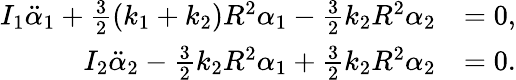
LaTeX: \begin{array}{rl}{I_{1}\ddot{\alpha}_{1}+\frac{3}{2}(k_{1}+k_{2})R^{2}\alpha_{1}-\frac{3}{2}k_{2}R^{2}\alpha_{2}}&{=0,}\\ {I_{2}\ddot{\alpha}_{2}-\frac{3}{2}k_{2}R^{2}\alpha_{1}+\frac{3}{2}k_{2}R^{2}\alpha_{2}}&{=0.}\end{array}